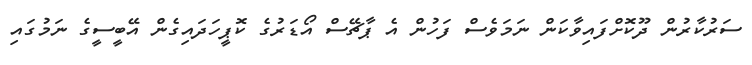
ސަރުކާރުން ދޫކޮށްފައިވާކަން ނަމަވެސް ފަހުން އެ ޕާޗޭސް އޯޑަރުގެ ކޮޕީހަދައިގެން އޭބީސީގެ ނަމުގައި